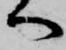
へ